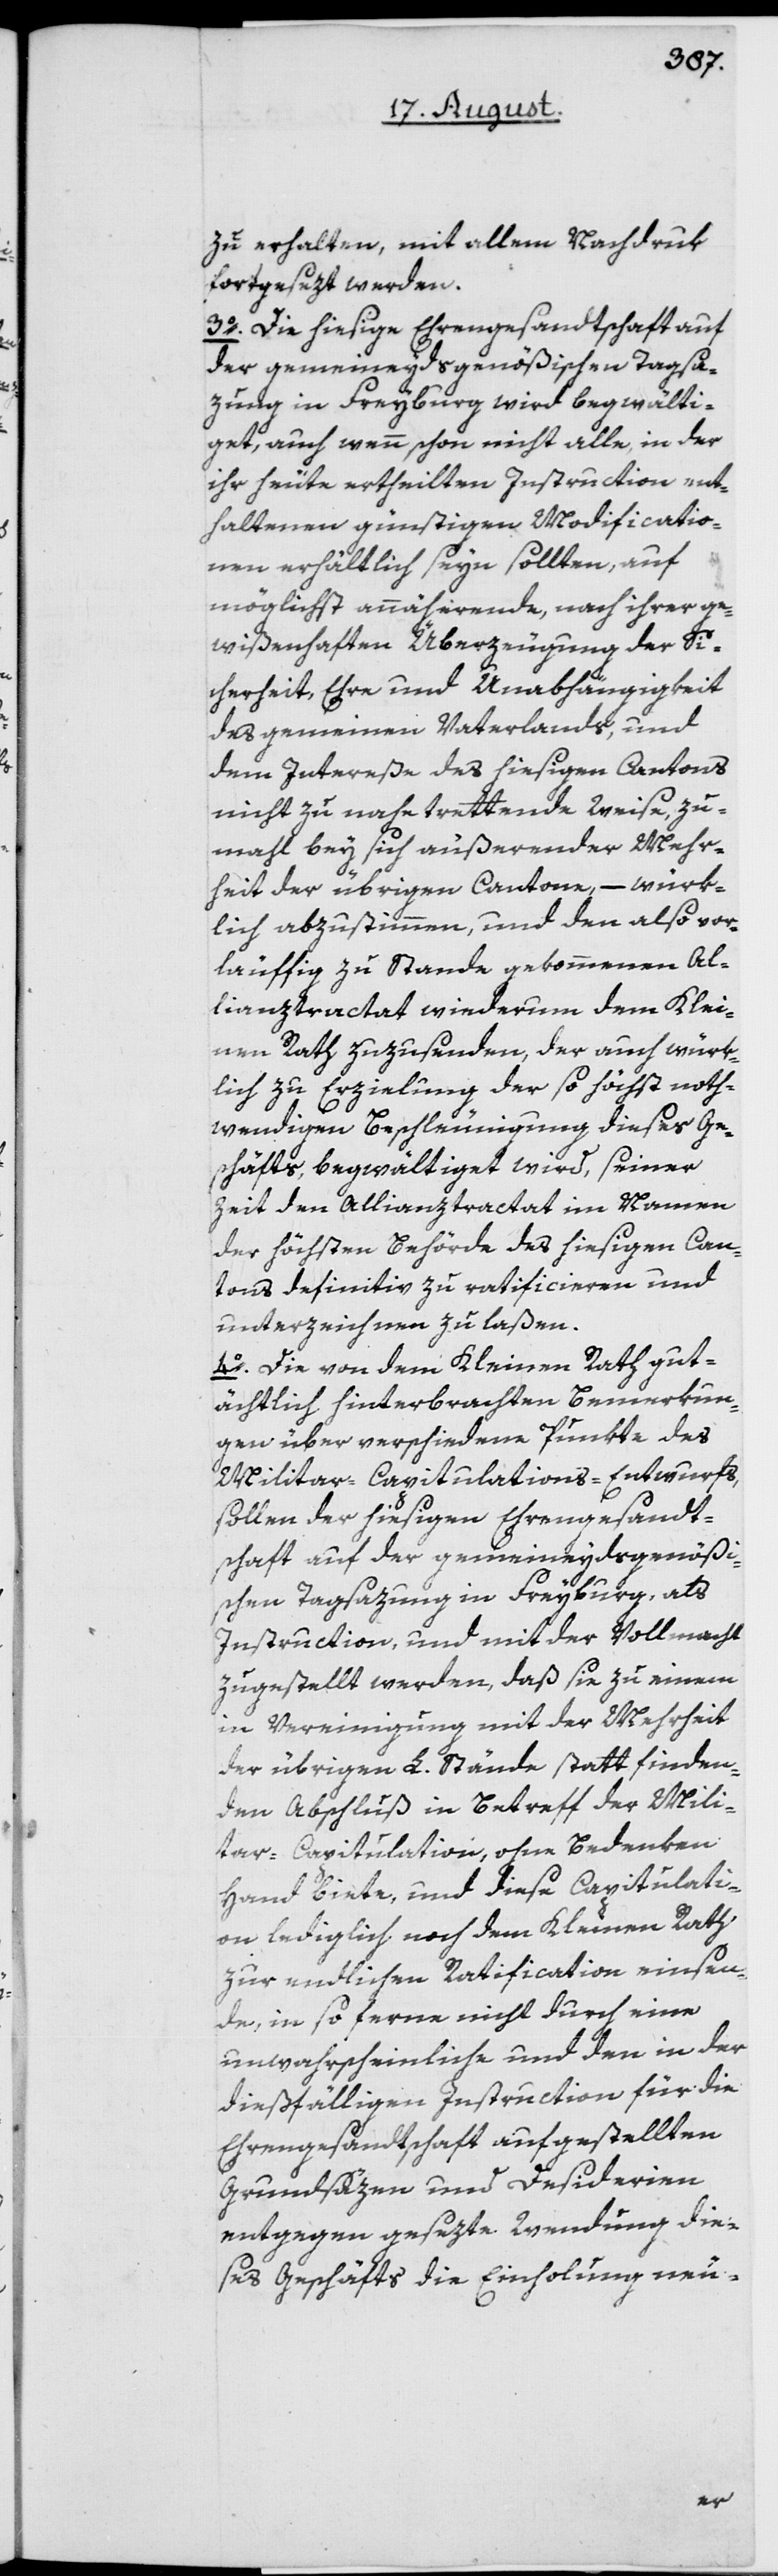
zu erhalten, mit allem Nachdruk
fortgesezt werden.
3o. Die hiesige Ehrengesandtschaft auf
der gemeineydsgenößischen Tagsa¬
zung in Freyburg wird begwälti¬
get, auch wenn schon nicht alle, in der
ihr heute ertheilten Instruction ent¬
haltenen günstigen Modificatio¬
nen erhältlich seyn sollten, auf
möglichst annäherende, nach ihrer ge¬
wißenhaften Überzeugung der Si¬
cherheit, Ehre und Unabhängigkeit
des gemeinen Vaterlands, und
dem Intereße des hiesigen Cantons
nicht zu nahe trettende Weise, zu¬
mahl bey sich äußerender Mehr¬
heit der übrigen Cantone, – würk¬
lich abzustimmen, und den also vor¬
läuffig zu Stande gekommenen Al¬
lianztractat wiederum dem Klei¬
nen Rath zuzusenden, der auch würk¬
lich zu Erzielung der so höchst noth¬
wendigen Beschleunigung dieses Ge¬
schäfts, begwältiget wird, seiner
Zeit den Allianztractat im Namen
der höchsten Behörde des hiesigen Can¬
tons definitiv zu ratificieren und
unterzeichnen zu laßen.
4o. Die von dem Kleinen Rath gut¬
ächtlich hinterbrachten Bemerkun¬
gen über verschiedene Punkte des
Militar-Capitulations-Entwurfs,
sollen der hiesigen Ehrengesandt¬
schaft auf der gemeineydsgenößi¬
schen Tagsazung in Freyburg, als
Instruction, und mit der Vollmacht
zugestellt werden, daß sie zu einem
in Vereinigung mit der Mehrheit
der übrigen L. Stände statt finden¬
den Abschluß in Betreff der Mili¬
tar-Capitulation, ohne Bedenken
Hand biete, und diese Capitulati¬
on lediglich noch dem Kleinen Rath
zur endlichen Ratification einsen¬
de, in so ferne nicht durch eine
unwahrscheinliche und den in der
dießfälligen Instruction für die
Ehrengesandtschaft aufgestellten
Grundsäzen und Desiderien
entgegen gesezte Wendung die¬
ses Geschäfts die Einholung neu-